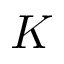
K